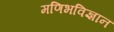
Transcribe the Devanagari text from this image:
मणिभविज्ञान